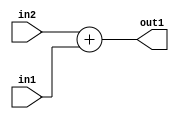
`timescale 1ps / 1ps
/*****************************************************************************
    Verilog RTL Description
    
    
    Created by: Stratus DpOpt 2019.1.01 
*******************************************************************************/

module DC_Filter_Add_4Ux1U_4U_1 (
	in2,
	in1,
	out1
	); /* architecture "behavioural" */ 
input [3:0] in2;
input  in1;
output [3:0] out1;
wire [3:0] asc001;

assign asc001 = 
	+(in2)
	+(in1);

assign out1 = asc001;
endmodule

/* CADENCE  urf5TQ4= : u9/ySgnWtBlWxVPRXgAZ4Og= ** DO NOT EDIT THIS LINE ******/